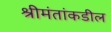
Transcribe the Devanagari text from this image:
श्रीमंतांकडील